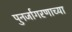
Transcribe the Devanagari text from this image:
पुनर्जागरणाच्या